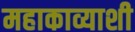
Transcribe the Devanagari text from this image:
महाकाव्याशी